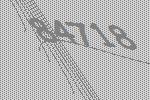
84718